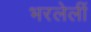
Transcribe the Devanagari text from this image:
भरलेलीं